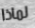
لماذا